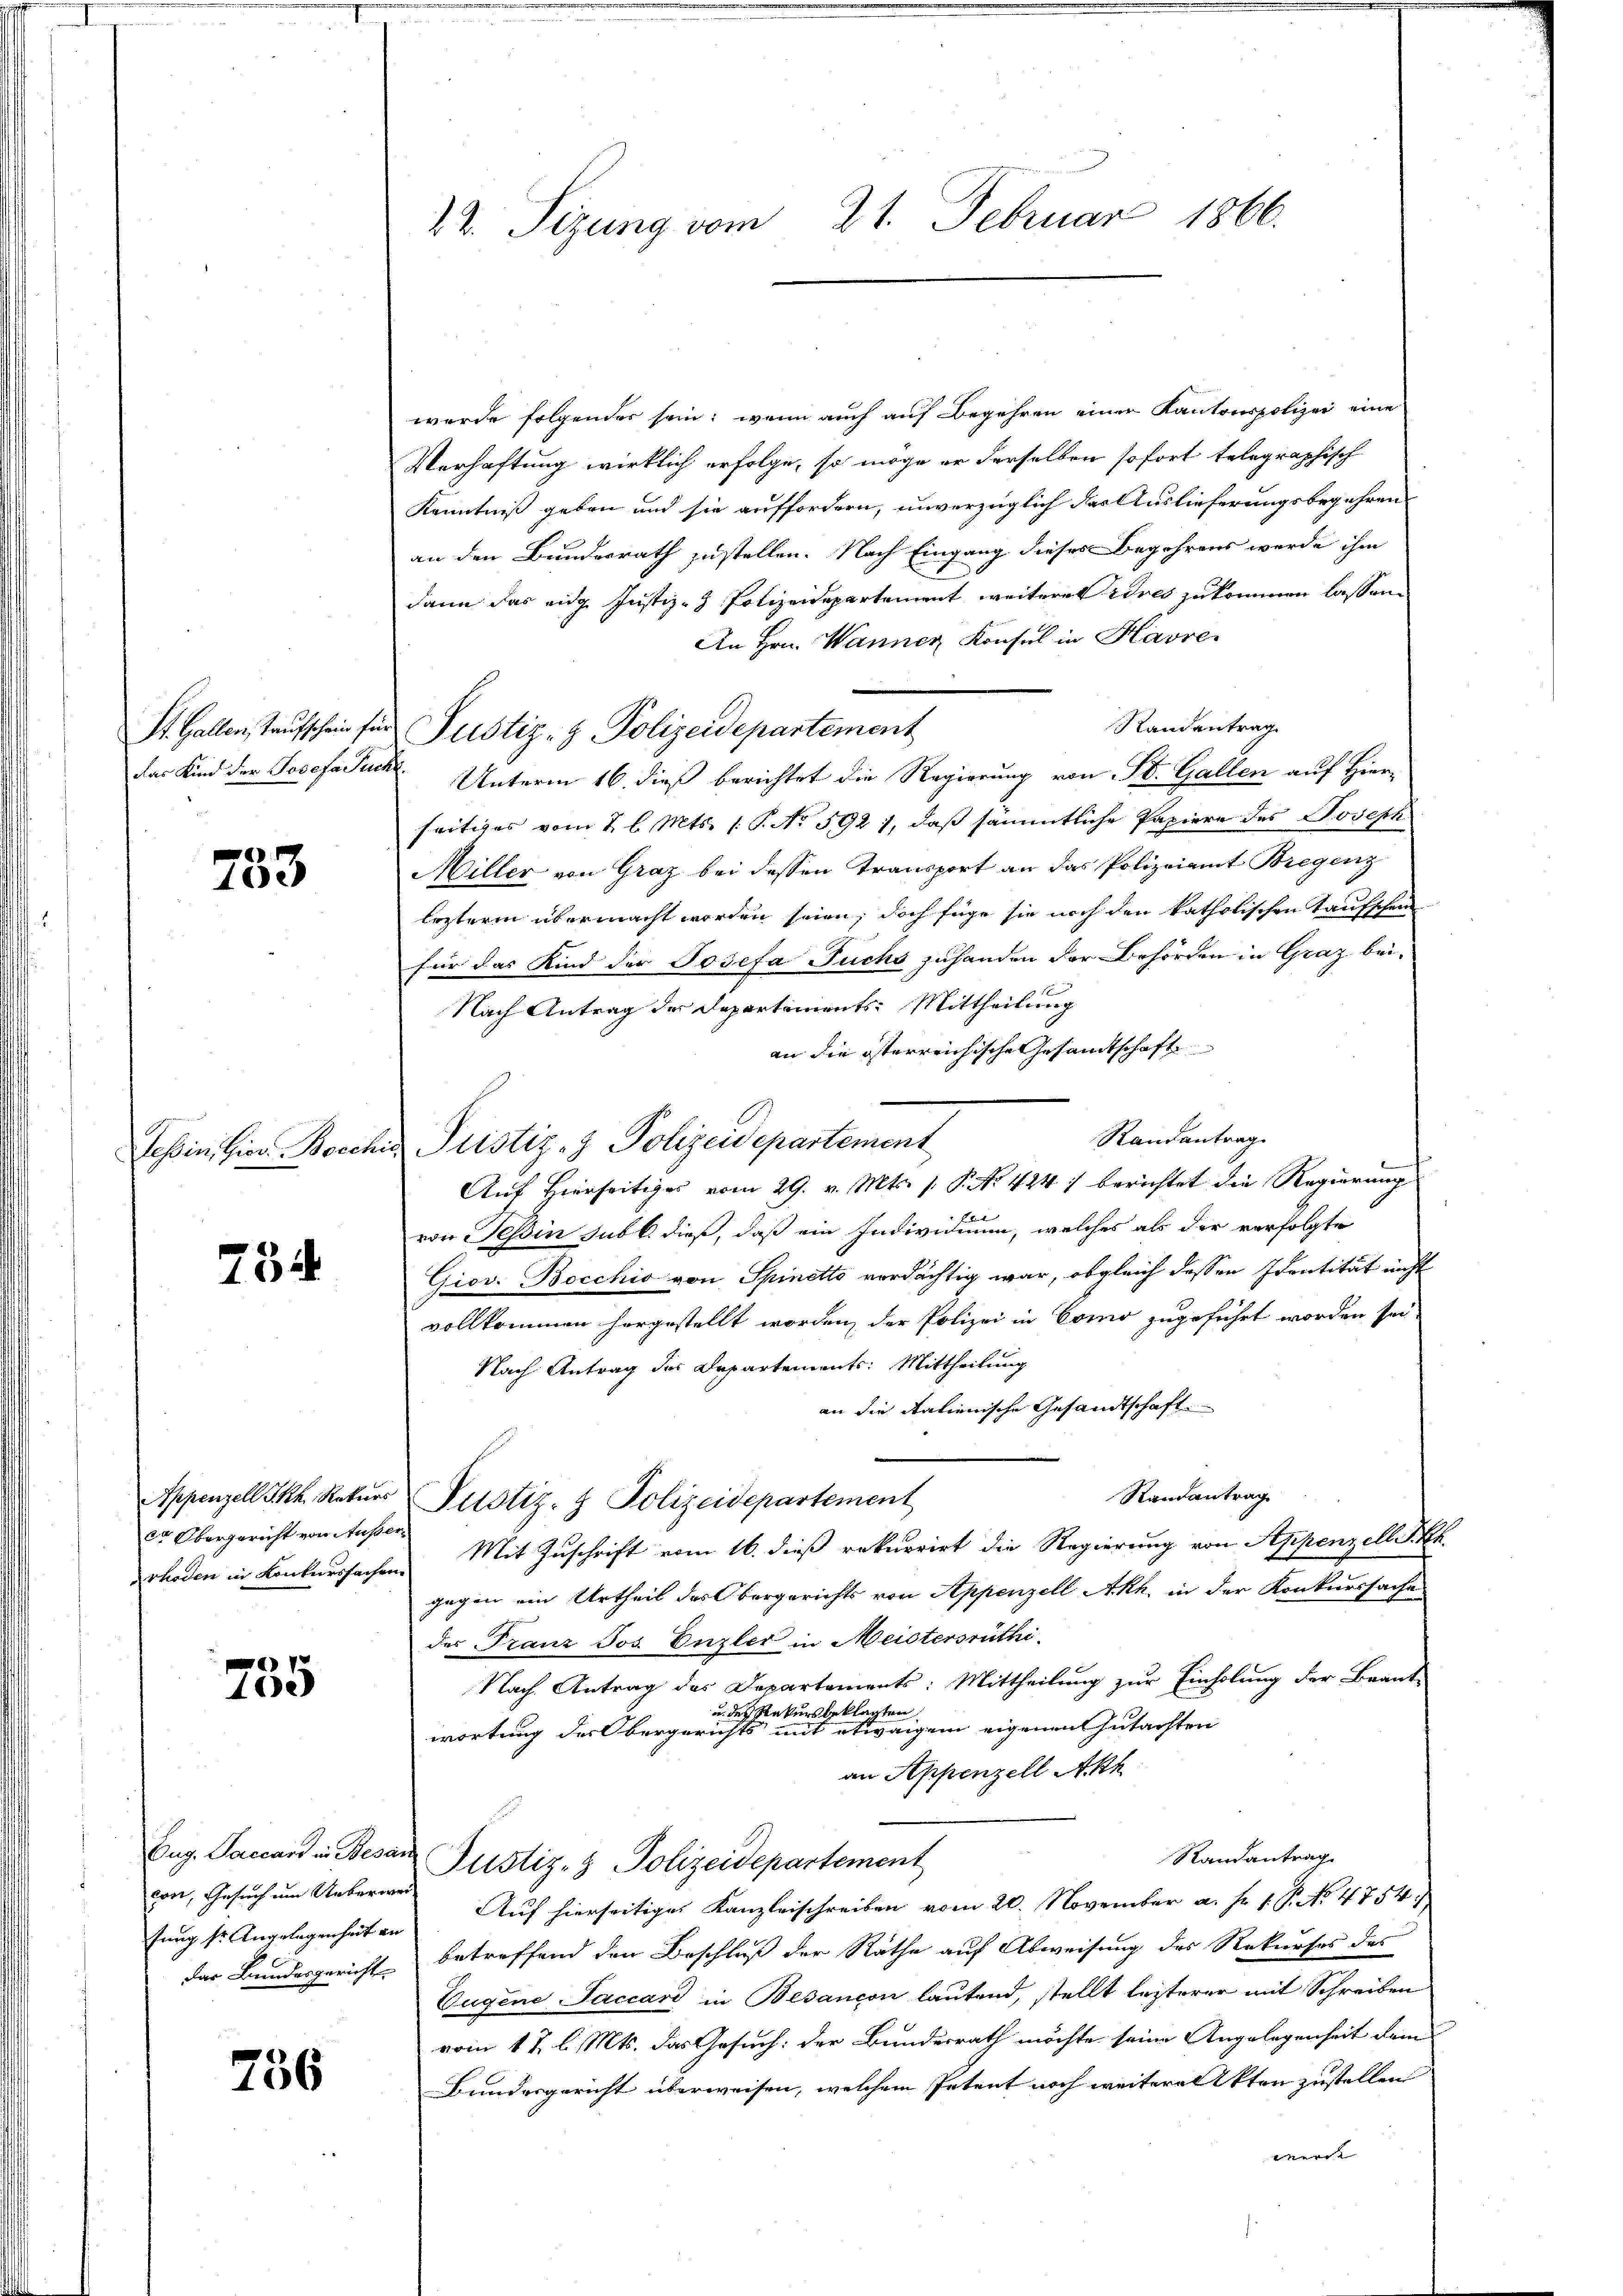
St. Gallen, Taufschein für

733

Tessin, Gior. Boech

734

ca Obergericht von Ausser

735

con, Gesuch um Ueberwei¬

756

werde folgendes sein; wenn auch auf Begehren einer Kantonspolizei eine
Verhaftung wirklich erfolge, so möge er derselben sofort telegraphisch
Kenntniß geben und sie auffordern, unverzüglich der Auslieferungsbegehren
an den Bundesrath zustellen. Nach Eingang dieses Begehrens werde ihm
dann das eidg. Justiz- & Polizeidepartement weiteres Adres zukommen lassen.
An Hrn. Wanner Konsul in Havre,
Randentrag
Justiz- & Polizeidepartement
das Kind der Josefa Pucht. Unterm 16. dieß berichtet die Regierung von St. Gallen auf Hierseitiges vom 2. l. Mts. /: P. No 592 1, daß sämmtliche Papiere des Joseph
Miller von Graz bei dessen Transport an das Polizeiamt Bregenz
lezterm übermacht worden seien; doch füge sie noch den katholischen Taufschen
für das Kind der Josefa Fuchs zuhanden der Behörden in Graz bei¬
Nach Antrag der Departements: Mittheilung
an die österreichische Gesandtschaft
Randantrag
 Justiz- & Polizeidepartement
Auf Hierseitiges vom 29. v. Mts. 1. P. No 4247 berichtet die Regierung
von Teßin sub b. dieß, daß ein Individium, welches als der verfolgte
Giov. Bocchio von Spinetto verdächtig war, obgleich dessen Identität nicht
vollkommen hergestellt worden, der Polizei in Como zugeführt worden sei,
Nach Antrag des Departements: Mittheilung
an die Italienische Gesandtschaft.
Randantrag
Appenzell Ikh. Rekŭrs Pustiz- & Polizeidepartement
rhoden in Konkurssachen Mit Zuschrift vom 16. dieß rekurrirt die Regierung von Appenzell I.Rh.
gegen ein Urtheil des Obergerichts von Appenzell Akh. in der Konkurssache
des Franz Jos. Enzler in Meistersrüthi
Nach Antrag des Departements: Mittheilung zur Einholung der Beant-
u. des Rekursbeklten
wortung des Obergerichts in eine eine eine eigen eigenen Gutachten
an Appenzell Akh
Randantrag
Eug. Paccard in Besar Justiz- & Polizeidepartement,
fung sr. Angelegenheit an. Auf hierseitiges Kanzleischreiben vom 20. November a. f. 1. P. Nr. 4754),
der Bundesgericht betreffend den Beschluß der Räthe auf Abweisung des Rekurses des
Eugene Jaccar in Besançon lautend, stellt lezterer mit Schreiben
vom 1 t l. Mts. das Gesuch: der Bundesrath möchte seine Angelegenheit dem
Bundesgericht überweisen, welchem Petent noch weitere Akten zustellen
werde |

22. Sizung vom 21. Februar 1866.